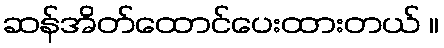
ဆန်အိတ်ထောင်ပေးထားတယ် ။